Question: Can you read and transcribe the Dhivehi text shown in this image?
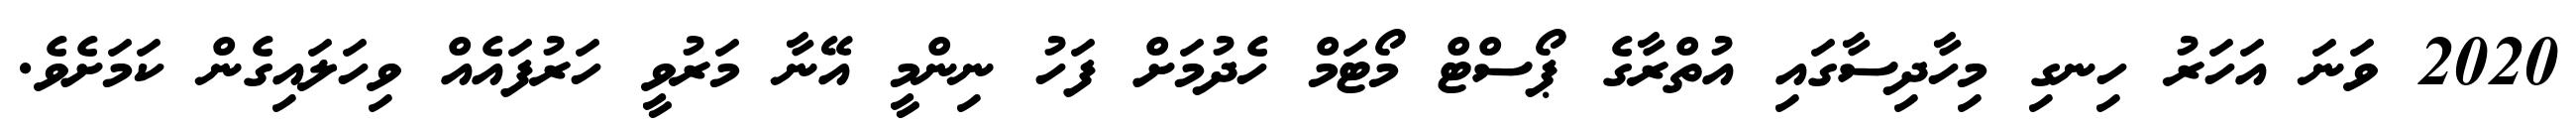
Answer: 2020 ވަނަ އަހަރު ހިނގި މިހާދިސާގައި އުތްރާގެ ޕޯސްޓް މޯޓަމް ހެދުމަށް ފަހު ނިންމީ އޭނާ މަރުވީ ހަރުފައެއް ވިހަލައިގެން ކަމަށެވެ.